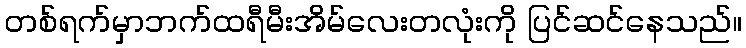
တစ်ရက်မှာဘက်ထရီမီးအိမ်လေးတလုံးကို ပြင်ဆင်နေသည်။